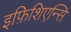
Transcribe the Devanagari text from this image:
इफ़िशिएन्सि